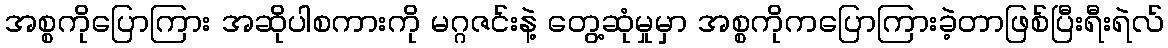
အစ္စကိုပြောကြား အဆိုပါစကားကို မဂ္ဂဇင်းနဲ့ တွေ့ဆုံမှုမှာ အစ္စကိုကပြောကြားခဲ့တာဖြစ်ပြီးရီးရဲလ်